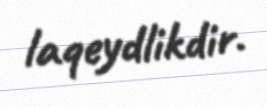
laqeydlikdir.